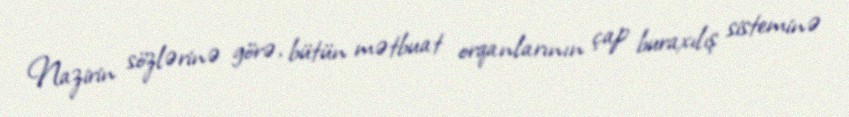
Nazirin sözlərinə görə, bütün mətbuat orqanlarının çap buraxılış sisteminə